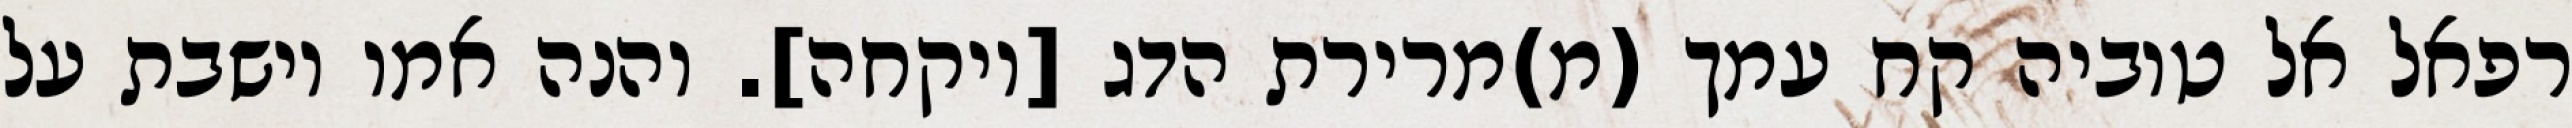
רפאל אל טוביה קח עמך (מ)מרירת הדג [ויקחה]. והנה אמו יושבת על